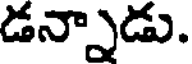
డన్నాడు.